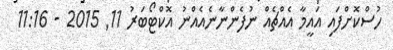
ހުސްކޮށްފައި އައީމާ އެއްޗެއް ނުފެންނާނެއެއްނު އޮކްޓޯބަރު 11